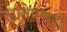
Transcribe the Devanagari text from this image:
ज्ञातेपणही